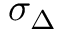
\sigma _ { \Delta }